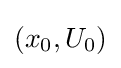
(x_{0},U_{0})